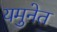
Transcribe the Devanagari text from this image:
यमुनेत